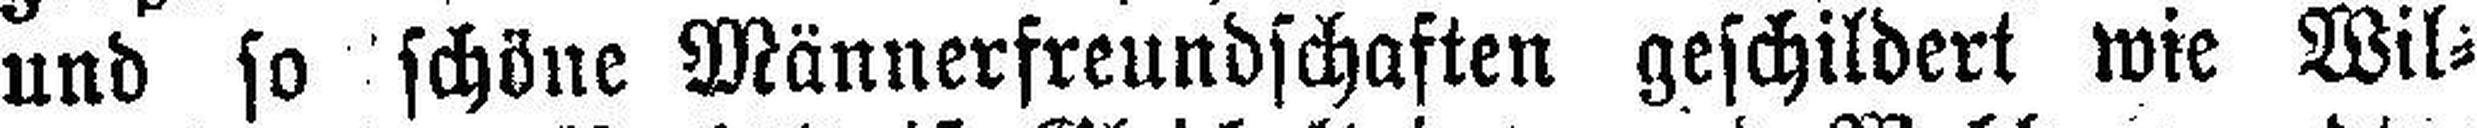
und so schöne Männerfreundschaften geschildert wie Wil¬